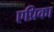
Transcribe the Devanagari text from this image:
एप्रिका